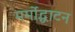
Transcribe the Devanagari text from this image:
मर्मोद्धाटन